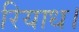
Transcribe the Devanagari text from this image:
रियाध।